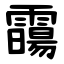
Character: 霷